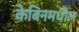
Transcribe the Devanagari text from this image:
केबिनमधील